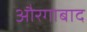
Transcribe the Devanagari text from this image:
औरगाबाद